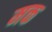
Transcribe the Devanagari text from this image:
मक्त